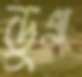
ডুগ